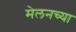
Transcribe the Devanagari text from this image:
मेलनच्या